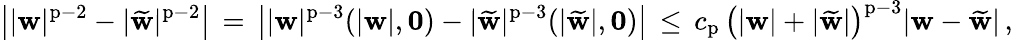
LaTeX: \big||{\mathbf{w}}|^{\mathrm{p}-2}-|\widetilde{{\mathbf{w}}}|^{\mathrm{p}-2}\big|\, =\, \big||{\mathbf{w}}|^{\mathrm{p}-3}(|{\mathbf{w}}|,{\mathbf{0}})-|\widetilde{{\mathbf{w}}}|^{\mathrm{p}-3}(|\widetilde{{\mathbf{w}}}|,{\mathbf{0}})\big|\, \leq\, c_{\mathrm{p}}\, \big(|{\mathbf{w}}|+|\widetilde{{\mathbf{w}}}|\big)^{\mathrm{p}-3}|{\mathbf{w}}-\widetilde{{\mathbf{w}}}|\, ,